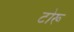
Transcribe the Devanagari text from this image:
टोरू